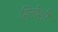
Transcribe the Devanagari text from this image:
हितोशी